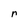
Character: n